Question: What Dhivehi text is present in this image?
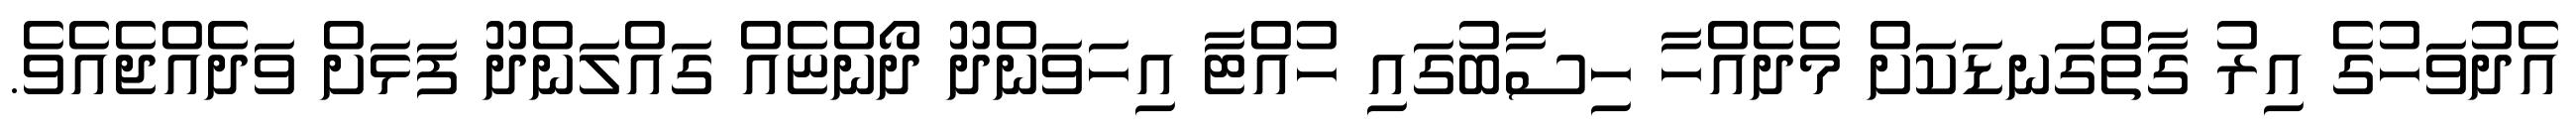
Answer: އެދުވަހުގެ އިރު ގާތްގަނޑަކަށް މެދެއްހާ ހިސާބުގައި ހުއްޓާ އިހަވަންދޫ ދޯންޏެއް ގައްލަންދޫ ފަޅަށް ވަދެއްޖެއެވެ.